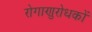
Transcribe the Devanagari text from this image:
रोगाणुरोधकों